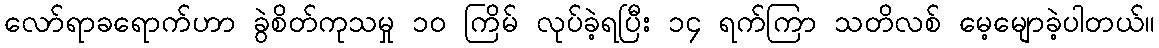
လော်ရာခရောက်ဟာ ခွဲစိတ်ကုသမှု ၁၀ ကြိမ် လုပ်ခဲ့ရပြီး ၁၄ ရက်ကြာ သတိလစ် မေ့မျောခဲ့ပါတယ်။